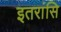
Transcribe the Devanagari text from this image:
इतरांसि